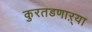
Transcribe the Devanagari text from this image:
कुरतडणाऱ्या